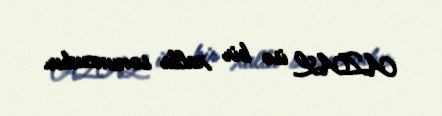
AZAL isə bir xalla sonuncudur.